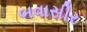
બવાસીર